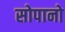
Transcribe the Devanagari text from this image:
सोपानो